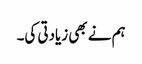
ہم نے بھی زیادتی کی۔